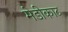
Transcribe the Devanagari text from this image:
मेडीकाट